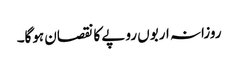
روزانہ اربوں روپے کا نقصان ہوگا۔